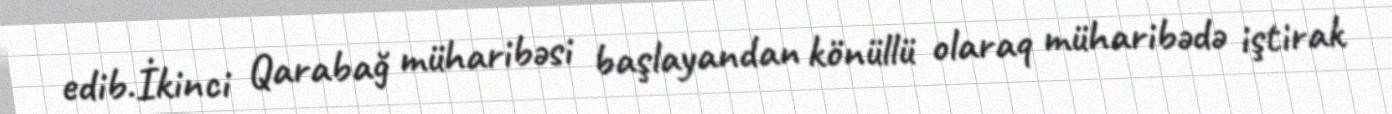
edib.İkinci Qarabağ müharibəsi başlayandan könüllü olaraq müharibədə iştirak